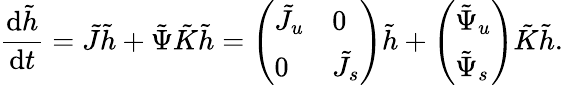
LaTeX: \frac{\mathop{}\! \mathrm{d}\tilde{h}}{\mathop{}\! \mathrm{d}t}=\tilde{J}\tilde{h}+\tilde{\Psi}\tilde{K}\tilde{h}=\left(\begin{array}{ll}{\tilde{J}_{u}}&{0}\\ {0}&{\tilde{J}_{s}}\end{array}\right)\tilde{h}+\left(\begin{array}{l}{\tilde{\Psi}_{u}}\\ {\tilde{\Psi}_{s}}\end{array}\right)\tilde{K}\tilde{h}.